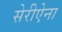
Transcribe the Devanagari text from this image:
सेरीऐना